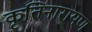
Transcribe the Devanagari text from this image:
कृतिनारायण